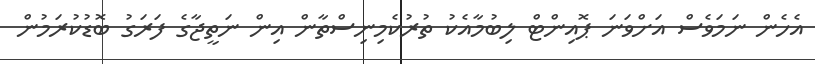
އެހެން ނަމަވެސް އަށްވަނަ ޕޮއިންޓް ލިބުމާއެކު ތުރުކެމިނިސްތާން އިން ނަތީޖާގެ ފަރަގު ބޮޑުކުރަމުން